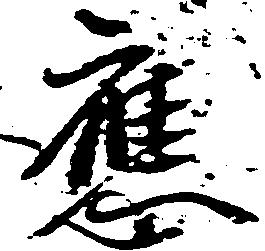
応